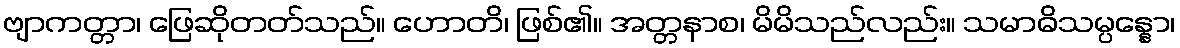
ဗျာကတ္တာ၊ ဖြေဆိုတတ်သည်။ ဟောတိ၊ ဖြစ်၏။ အတ္တနာစ၊ မိမိသည်လည်း။ သမာဓိသမ္ပန္နော၊